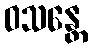
ဝသန္တေ